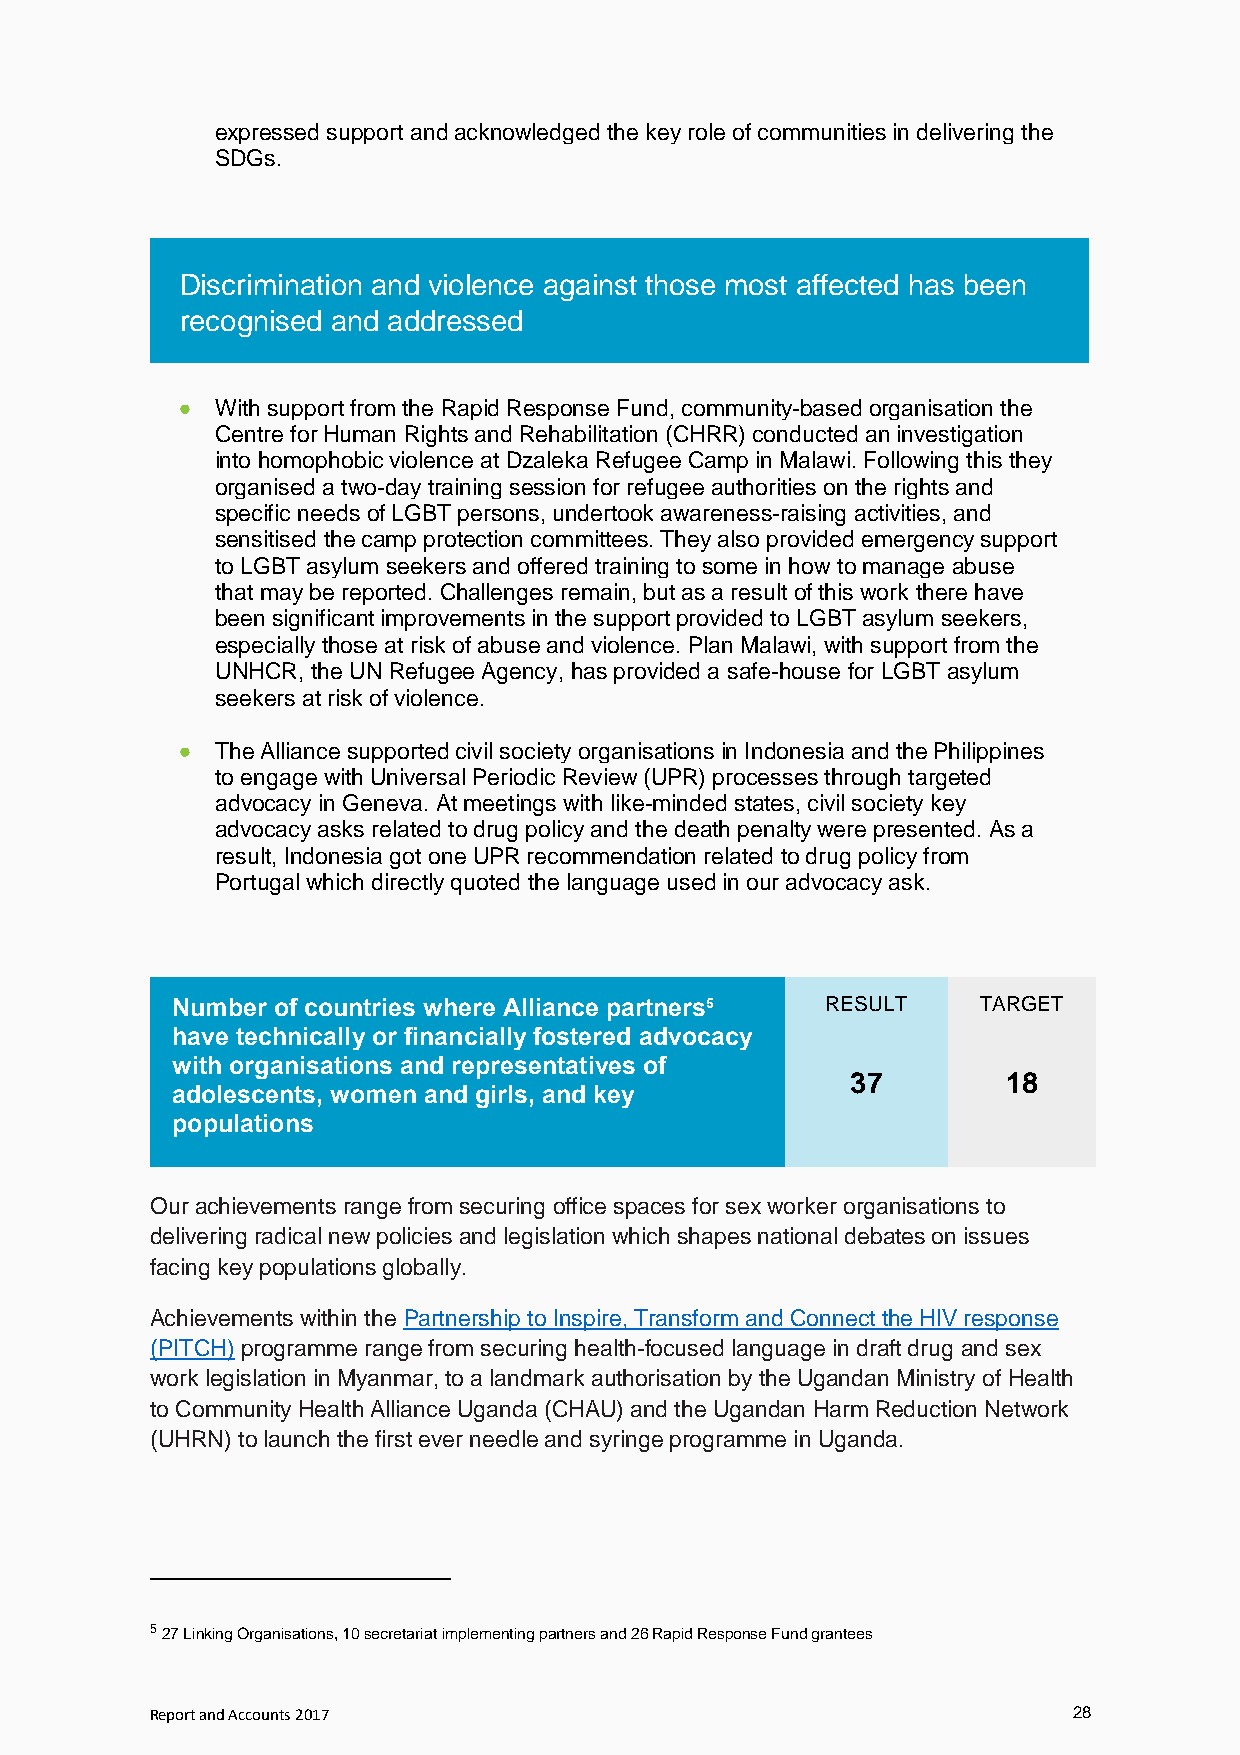
expressed support and acknowledged the key role of communities in delivering the
 SDGs.
 Discrimination and violence against those most affected has been
 recognised and addressed
  With support from the Rapid Response Fund, community-based organisation the
 Centre for Human Rights and Rehabilitation (CHRR) conducted an investigation
 into homophobic violence at Dzaleka Refugee Camp in Malawi. Following this they
 organised a two-day training session for refugee authorities on the rights and
 specific needs of LGBT persons, undertook awareness-raising activities, and
 sensitised the camp protection committees. They also provided emergency support
 to LGBT asylum seekers and offered training to some in how to manage abuse
 that may be reported. Challenges remain, but as a result of this work there have
 been significant improvements in the support provided to LGBT asylum seekers,
 especially those at risk of abuse and violence. Plan Malawi, with support from the
 UNHCR, the UN Refugee Agency, has provided a safe-house for LGBT asylum
 seekers at risk of violence.
  The Alliance supported civil society organisations in Indonesia and the Philippines
 to engage with Universal Periodic Review (UPR) processes through targeted
 advocacy in Geneva. At meetings with like-minded states, civil society key
 advocacy asks related to drug policy and the death penalty were presented. As a
 result, Indonesia got one UPR recommendation related to drug policy from
 Portugal which directly quoted the language used in our advocacy ask.
 Number of countries where Alliance partners5 RESULT   TARGET
 have technically or financially fostered advocacy
 with organisations and representatives of
 37         18
 adolescents, women and girls, and key
 populations
 Our achievements range from securing office spaces for sex worker organisations to
 delivering radical new policies and legislation which shapes national debates on issues
 facing key populations globally.
 Achievements within the Partnership to Inspire, Transform and Connect the HIV response
 (PITCH) programme range from securing health-focused language in draft drug and sex
 work legislation in Myanmar, to a landmark authorisation by the Ugandan Ministry of Health
 to Community Health Alliance Uganda (CHAU) and the Ugandan Harm Reduction Network
 (UHRN) to launch the first ever needle and syringe programme in Uganda.
 5 27 Linking Organisations, 10 secretariat implementing partners and 26 Rapid Response Fund grantees
 Report and Accounts 2017                                     28